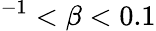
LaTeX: ^{-1}<\beta<0.1